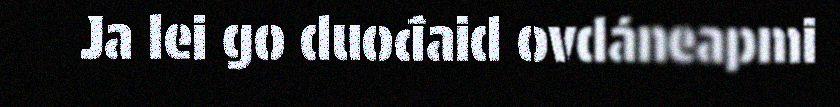
Ja lei go duođaid ovdáneapmi